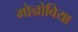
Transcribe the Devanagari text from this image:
मोन्रोविया